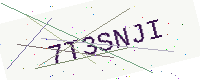
Text: 7T3SNJI